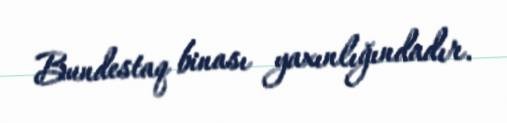
Bundestaq binası yaxınlığındadır.